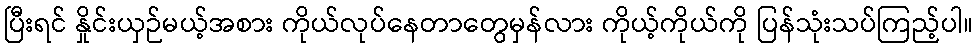
ပြီးရင် နှိုင်းယှဉ်မယ့်အစား ကိုယ်လုပ်နေတာတွေမှန်လား ကိုယ့်ကိုယ်ကို ပြန်သုံးသပ်ကြည့်ပါ။